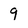
Character: 9